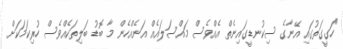
"ހަގީގަތުގައި އޭނާގެ ސިކުނޑީގައިނެތް އެއްވެސް މައްސަލައެއް އަނެއްހެން މާ ބޮޑު ބަލިތަކެއްވެސް ހުރިކަމަކަށް